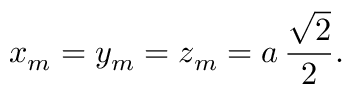
x _ { m } = y _ { m } = z _ { m } = a \, { \frac { \sqrt { 2 } } { 2 } } .